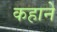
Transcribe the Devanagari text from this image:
कहाने